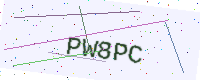
Text: PW8PC